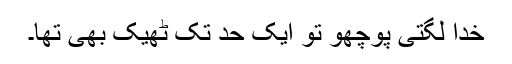
خدا لگتی پوچھو تو ایک حد تک ٹھیک بھی تھا۔